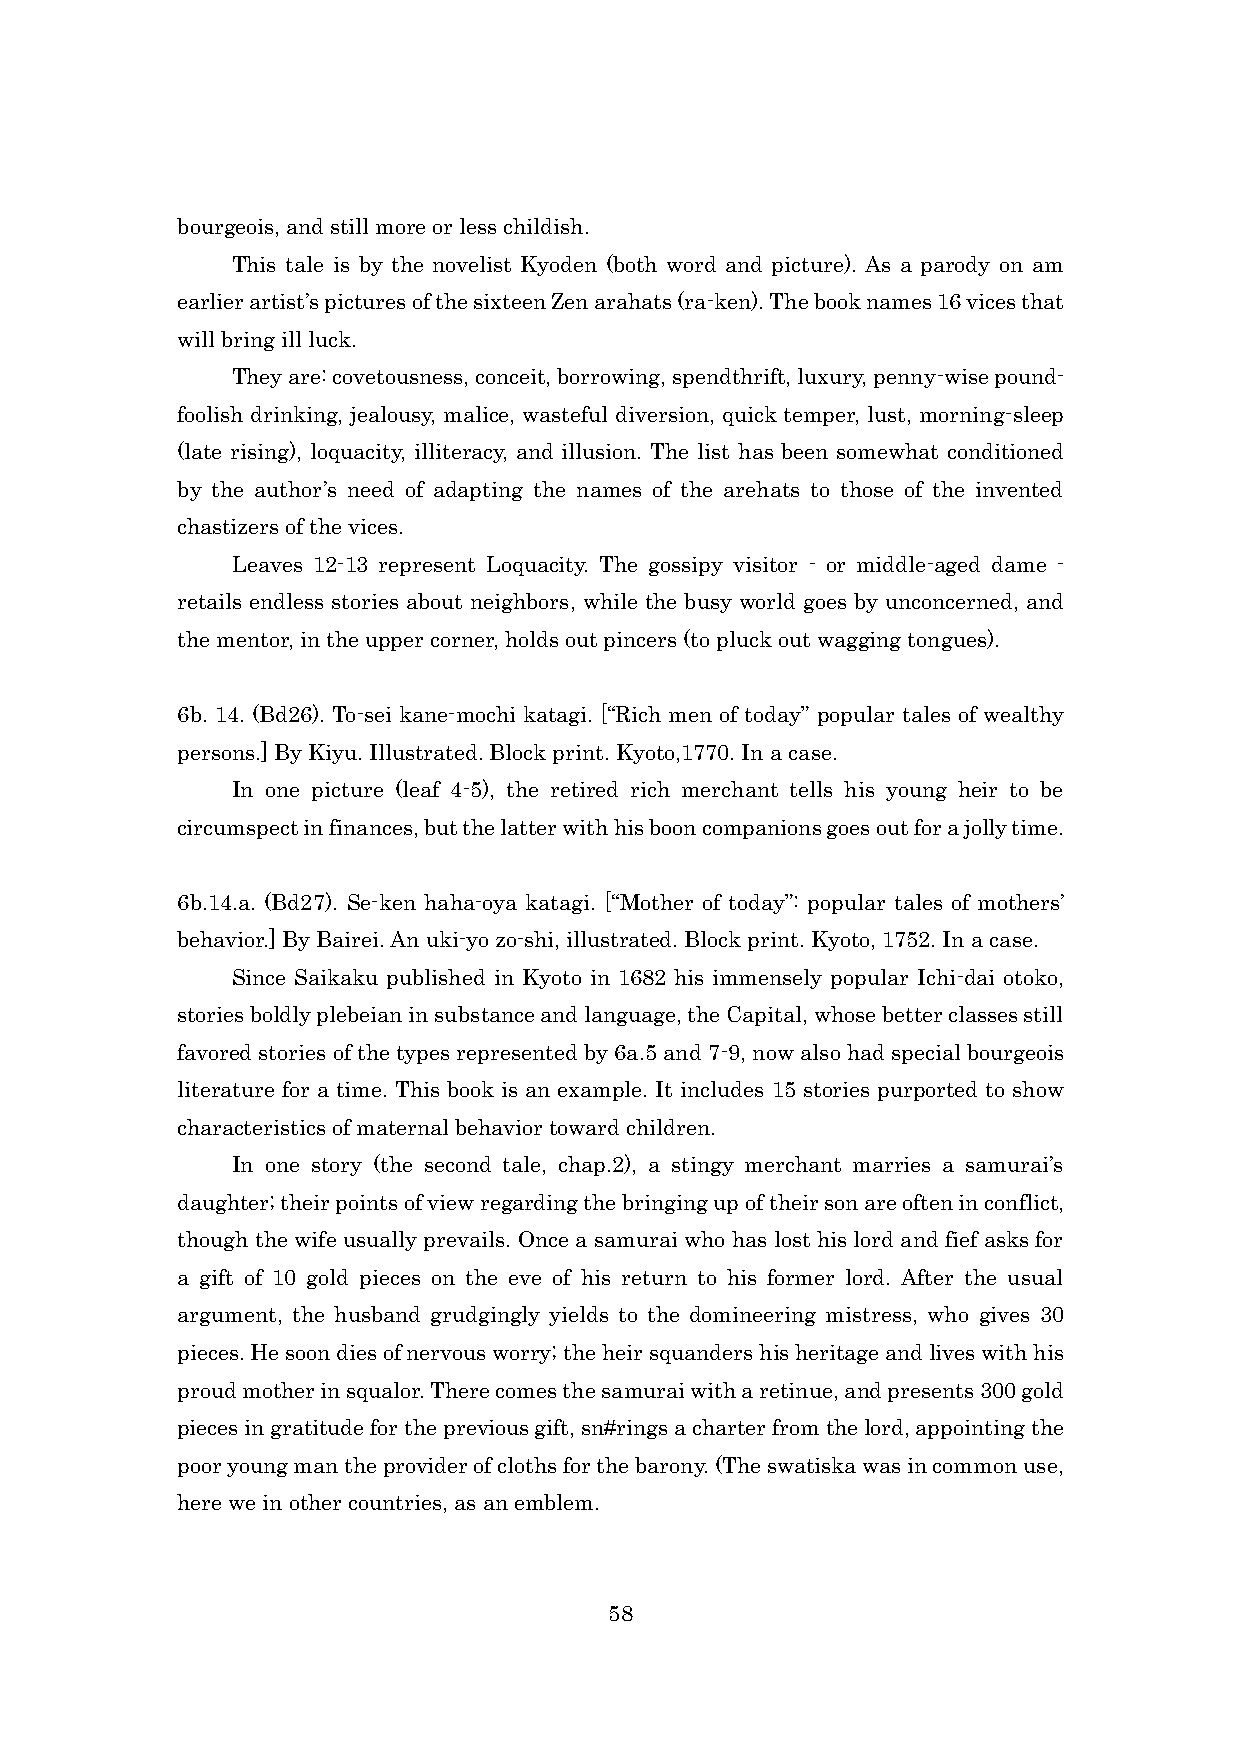
bourgeois, and still more or less childish.
 This tale is by the novelist Kyoden (both word and picture). As a parody on am
 earlier artist’s pictures of the sixteen Zen arahats (ra-ken). The book names 16 vices that
 will bring ill luck.
 They are: covetousness, conceit, borrowing, spendthrift, luxury, penny-wise pound-
 foolish drinking, jealousy, malice, wasteful diversion, quick temper, lust, morning-sleep
 (late rising), loquacity, illiteracy, and illusion. The list has been somewhat conditioned
 by the author’s need of adapting the names of the arehats to those of the invented
 chastizers of the vices.
 Leaves 12-13 represent Loquacity. The gossipy visitor - or middle-aged dame -
 retails endless stories about neighbors, while the busy world goes by unconcerned, and
 the mentor, in the upper corner, holds out pincers (to pluck out wagging tongues).
 6b. 14. (Bd26). To-sei kane-mochi katagi. [“Rich men of today” popular tales of wealthy
 persons.] By Kiyu. Illustrated. Block print. Kyoto,1770. In a case.
 In one picture (leaf 4-5), the retired rich merchant tells his young heir to be
 circumspect in finances, but the latter with his boon companions goes out for a jolly time.
 6b.14.a. (Bd27). Se-ken haha-oya katagi. [“Mother of today”: popular tales of mothers’
 behavior.] By Bairei. An uki-yo zo-shi, illustrated. Block print. Kyoto, 1752. In a case.
 Since Saikaku published in Kyoto in 1682 his immensely popular Ichi-dai otoko,
 stories boldly plebeian in substance and language, the Capital, whose better classes still
 favored stories of the types represented by 6a.5 and 7-9, now also had special bourgeois
 literature for a time. This book is an example. It includes 15 stories purported to show
 characteristics of maternal behavior toward children.
 In one story (the second tale, chap.2), a stingy merchant marries a samurai’s
 daughter; their points of view regarding the bringing up of their son are often in conflict,
 though the wife usually prevails. Once a samurai who has lost his lord and fief asks for
 a gift of 10 gold pieces on the eve of his return to his former lord. After the usual
 argument, the husband grudgingly yields to the domineering mistress, who gives 30
 pieces. He soon dies of nervous worry; the heir squanders his heritage and lives with his
 proud mother in squalor. There comes the samurai with a retinue, and presents 300 gold
 pieces in gratitude for the previous gift, sn#rings a charter from the lord, appointing the
 poor young man the provider of cloths for the barony. (The swatiska was in common use,
 here we in other countries, as an emblem.
 58